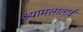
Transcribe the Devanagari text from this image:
श्यामलाताई